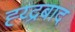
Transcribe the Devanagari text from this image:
ह्य्द्रबाद